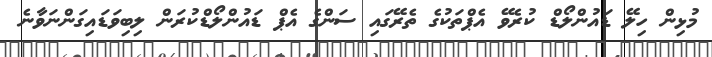
މުޅިން ހިލޭ ޑައުންލޯޑް ކުރެވޭ އެޕްތަކުގެ ތެރޭގައި ސަންގެ އެޕް ޑައުންލޯޑްކުރަން ލިބިވަޑައިގަންނަވާނެ